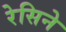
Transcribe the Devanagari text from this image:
रेसिने